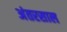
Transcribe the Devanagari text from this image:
अंतरसाल